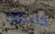
كانتون